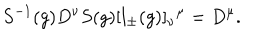
S ^ { - 1 } ( g ) D ^ { \nu } S ( g ) [ l _ { \pm } ( g ) ] _ { \nu } { } ^ { \mu } = D ^ { \mu } .